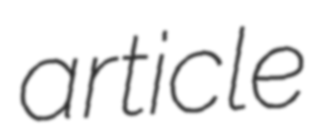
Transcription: article